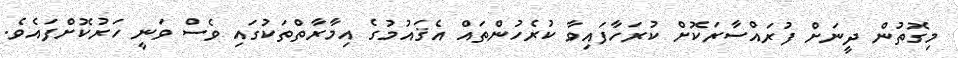
މިގޮތުން ދީނަށް ފުރައްސާރަކޮށް ކުރަހާފައިވާ ކުރެހުންތައް އެޤައުމުގެ އިމާރާތްތަކުގައި ވެސް ވަނީ ހަރުކޮށްފައެވެ.